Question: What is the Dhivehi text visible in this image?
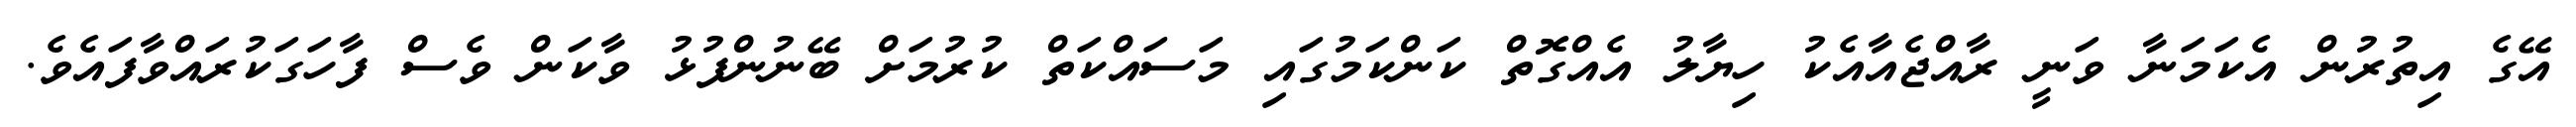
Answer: އޭގެ އިތުރުން އެކަމަނާ ވަނީ ރާއްޖެއާއެކު ހިޔާލު އެއްގޮތް ކަންކަމުގައި މަސައްކަތް ކުރުމަށް ބޭނުންފުޅު ވާކަން ވެސް ފާހަގަކުރައްވާފައެވެ.